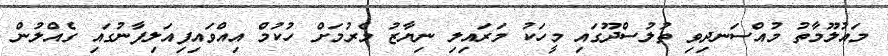
މައުލޫމާތު މުއްސަނދިވި ތުލުސްދޫގައި މީހަކު މަރައިލި ނިޔާޒު މެރުމަށް ހުކުމް އިއްވައިފިއަލިފާނުގައި ގެއްލުން